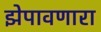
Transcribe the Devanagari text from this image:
झेपावणारा